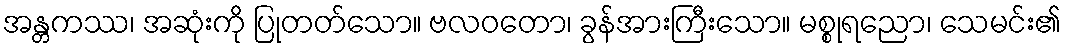
အန္တကဿ၊ အဆုံးကို ပြုတတ်သော။ ဗလဝတော၊ ခွန်အားကြီးသော။ မစ္စုရညော၊ သေမင်း၏